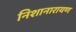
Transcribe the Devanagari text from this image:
निशानारायण